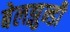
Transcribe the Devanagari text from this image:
बेलझुन्डी